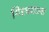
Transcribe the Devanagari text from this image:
गिरधरदास